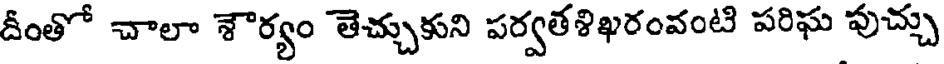
దీంతో చాలా శౌర్యం తెచ్చుకుని పర్వతశిఖరంవంటి పరిఘ పుచ్చు